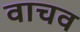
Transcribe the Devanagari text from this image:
वाचव